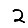
Digit: 2